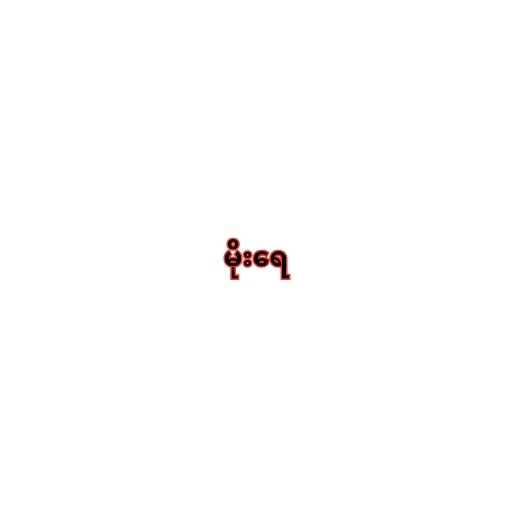
မိုးရေ